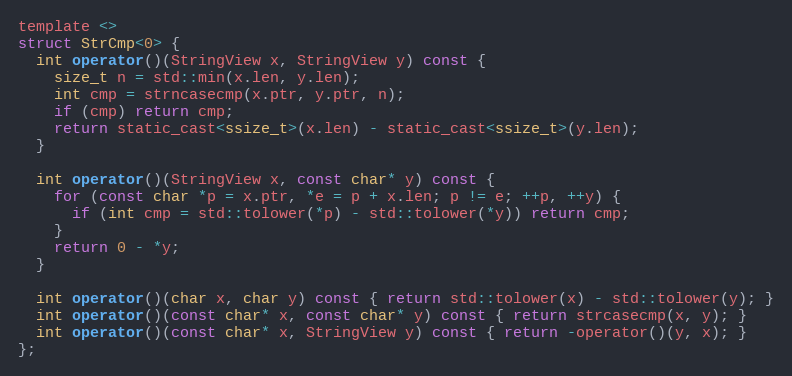
Language: C
template <>
struct StrCmp<0> {
  int operator()(StringView x, StringView y) const {
    size_t n = std::min(x.len, y.len);
    int cmp = strncasecmp(x.ptr, y.ptr, n);
    if (cmp) return cmp;
    return static_cast<ssize_t>(x.len) - static_cast<ssize_t>(y.len);
  }

  int operator()(StringView x, const char* y) const {
    for (const char *p = x.ptr, *e = p + x.len; p != e; ++p, ++y) {
      if (int cmp = std::tolower(*p) - std::tolower(*y)) return cmp;
    }
    return 0 - *y;
  }

  int operator()(char x, char y) const { return std::tolower(x) - std::tolower(y); }
  int operator()(const char* x, const char* y) const { return strcasecmp(x, y); }
  int operator()(const char* x, StringView y) const { return -operator()(y, x); }
};